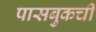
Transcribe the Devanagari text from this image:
पासबुकची